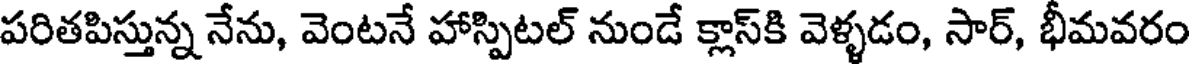
పరితపిస్తున్న నేను, వెంటనే హాస్పిటల్ నుండే క్లాస్కి వెళ్ళడం, సార్, భీమవరం